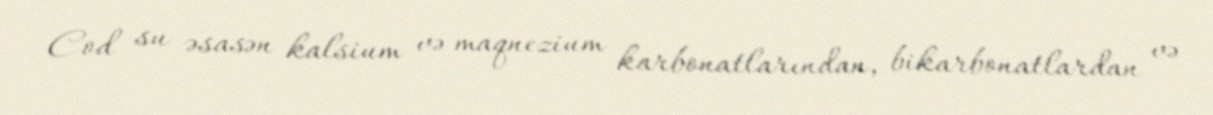
Cod su əsasən kalsium və maqnezium karbonatlarından, bikarbonatlardan və